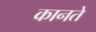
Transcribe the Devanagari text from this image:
कानते